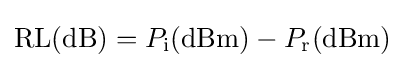
{\text{RL}}({\text{dB}})=P_{\text{i}}({\text{dBm}})-P_{\text{r}}({\text{dBm}})